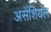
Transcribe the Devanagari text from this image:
असेंशियल